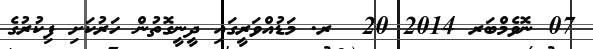
07 ނޮވެމްބަރ 2014 20  ރ. މަޑުއްވަރީގައި ދީނީގޮތުން ހަރުކަށި ފިކުރުގެ